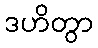
ဒဟိတွာ